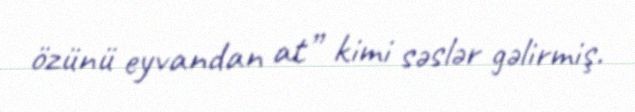
özünü eyvandan at” kimi səslər gəlirmiş.